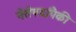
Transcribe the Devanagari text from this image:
नेतेपदांपैकी